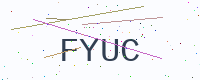
Text: FYUC